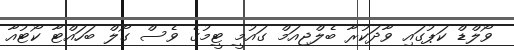
ވޯލްޑް ކަޕުގައި ވާދަކުރާ ބެލްޖިއަމް ގައުމީ ޓީމުގެ ވެސް ގޯލް ބަހައްޓާ ކޯޓުއާ